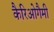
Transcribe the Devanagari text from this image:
कैरिओगैमी